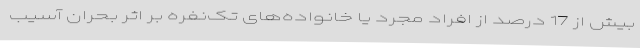
بیش از 17 درصد از افراد مجرد یا خانواده‌های تک‌نفره بر اثر بحران آسیب